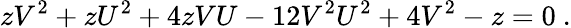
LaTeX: zV^{2}+zU^{2}+4zVU-12V^{2}U^{2}+4V^{2}-z=0~.